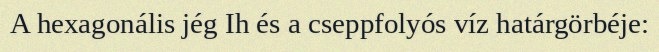
A hexagonális jég Ih és a cseppfolyós víz határgörbéje: